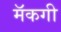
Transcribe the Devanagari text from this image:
मॅकगी